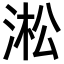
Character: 淞